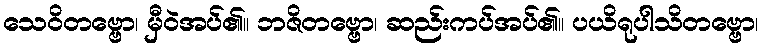
သေဝိတဗ္ဗော၊ မှီဝဲအပ်၏။ ဘဇိတဗ္ဗော၊ ဆည်းကပ်အပ်၏။ ပယိရုပါသိတဗ္ဗော၊